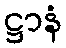
ဋ္ဌာနံ